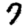
Digit: 7